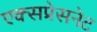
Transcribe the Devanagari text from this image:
एक्सप्रेसनेट